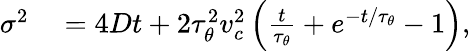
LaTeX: \begin{array}{rl}{\sigma^{2}}&{{}=4Dt+2\tau_{\theta}^{2}v_{c}^{2}\left(\frac{t}{\tau_{\theta}}+e^{-t/\tau_{\theta}}-1\right),}\end{array}